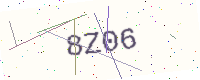
Text: 8Z06